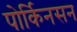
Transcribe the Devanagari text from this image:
पोर्किनसन